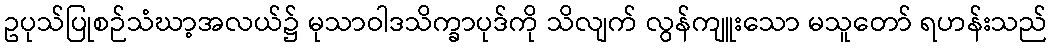
ဥပုသ်ပြုစဉ်သံဃာ့အလယ်၌ မုသာဝါဒသိက္ခာပုဒ်ကို သိလျက် လွန်ကျူးသော မသူတော် ရဟန်းသည်